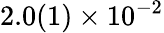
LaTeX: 2.0(1)\times 10^{-2}